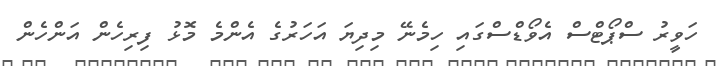
ހަވީރު ސްޕޯޓްސް އެވޯޑްސްގައި ހިމެނޭ މިދިޔަ އަހަރުގެ އެންމެ މޮޅު ފިރިހެން އަންހެން